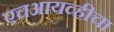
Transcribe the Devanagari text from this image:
एचआयव्हीचा